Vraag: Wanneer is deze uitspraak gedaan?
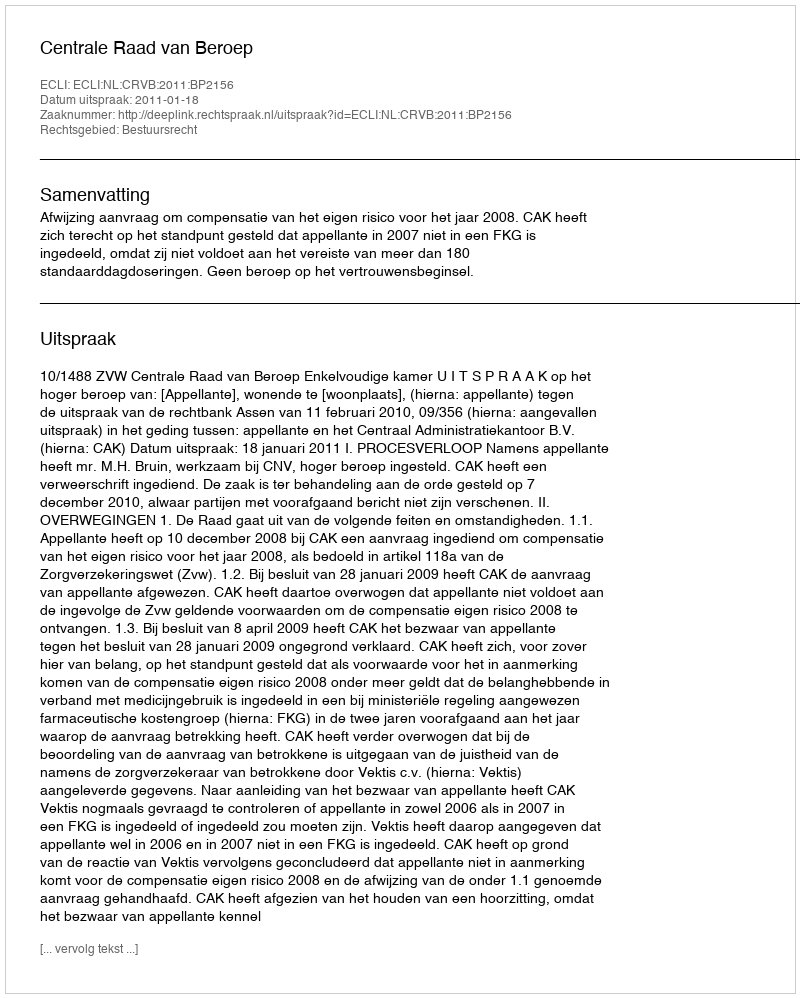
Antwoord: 2011-01-18